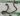
Text: 24